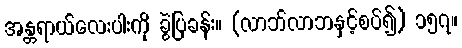
အန္တရာယ်လေးပါးကို ခွဲပြခန်း။ (လာဘ်လာဘနှင့်စပ်၍) ၁၅၇။